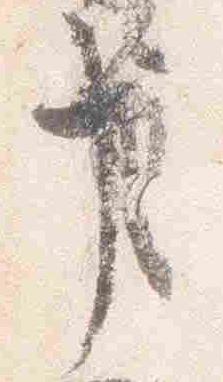
事